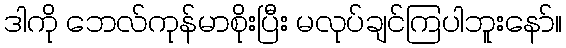
ဒါကို ဘေလ်ကုန်မာစိုးပြီး မလုပ်ချင်ကြပါဘူးနော်။